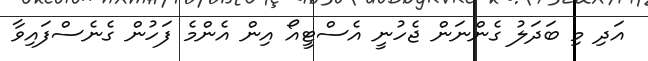
އަދި މި ބަދަލު ގެންނަން ޖެހުނީ އެސްޓީއޯ އިން އެންމެ ފަހުން ގެނެސްފައިވާ